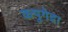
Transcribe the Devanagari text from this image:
कपुगेद्रा